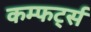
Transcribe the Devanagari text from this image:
कम्फर्ट्स